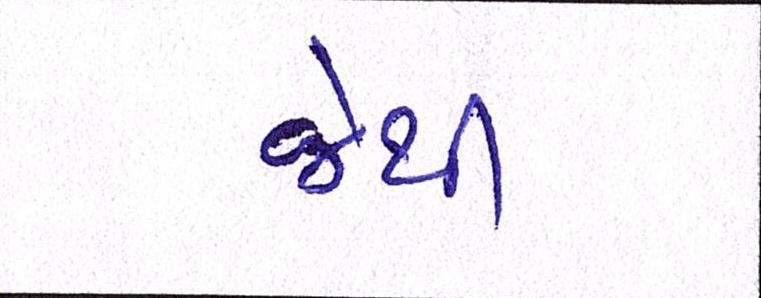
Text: જેથી